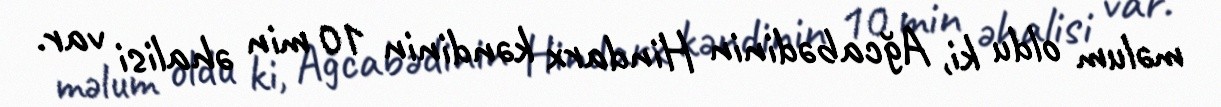
məlum oldu ki, Ağcabədinin Hindarx kəndinin 10 min əhalisi var.